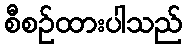
စီစဉ်ထားပါသည်